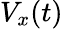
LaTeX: V_{x}(t)